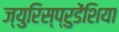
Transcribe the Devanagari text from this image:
ज्युरिस्प्रुडेंशिया